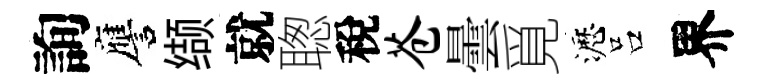
詢譍缬就聦稅苍曇覓瀝吕界